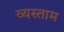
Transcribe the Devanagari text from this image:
व्यस्ताम